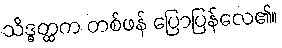
သိဒ္ဓတ္ထက တစ်ဖန် ပြောပြန်လေ၏။